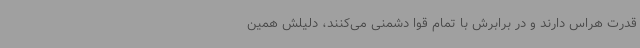
قدرت هراس دارند و در برابرش با تمام قوا دشمنی می‌کنند، دلیلش همین